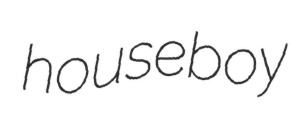
houseboy